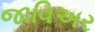
જાવિઅર